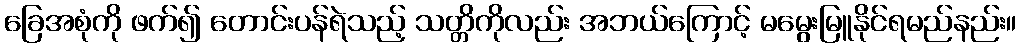
ခြေအစုံကို ဖက်၍ တောင်းပန်ရဲသည့် သတ္တိကိုလည်း အဘယ်ကြောင့် မမွေးမြူနိုင်ရမည်နည်း။